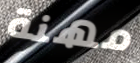
مهنة